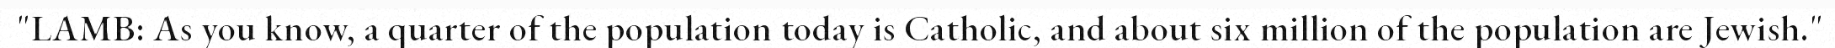
"LAMB: As you know, a quarter of the population today is Catholic, and about six million of the population are Jewish."